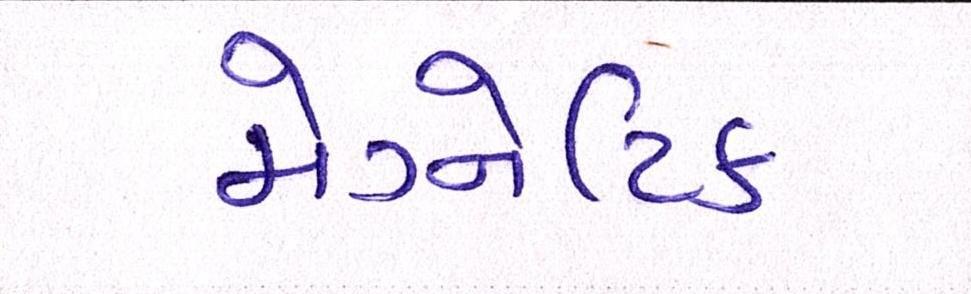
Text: મેગ્નેટિક